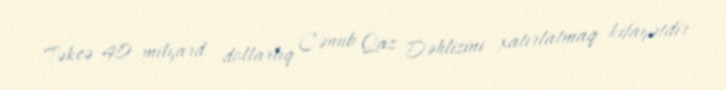
Təkcə 40 milyard dollarlıq Cənub Qaz Dəhlizini xatırlatmaq kifayətdir